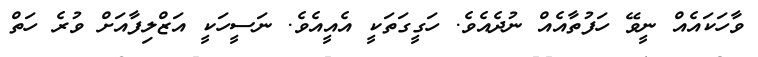
ވާހަކައެއް ނީވޭ ހަފުތާއެއް ނުދެއެވެ. ހަގީގަތަކީ އެއީއެވެ. ނަސީހަކީ އަޒްލިފާއަށް ވުރެ ހަތް